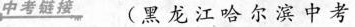
中考链接 (黑龙江哈尔滨中考